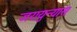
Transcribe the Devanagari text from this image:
जरायुन्यास